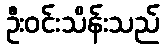
ဦးဝင်းသိန်းသည်